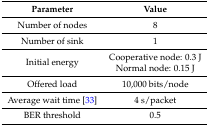
<table><thead><tr><td><b>Parameter</b></td><td><b>Value</b></td></tr></thead><tbody><tr><td>Number of nodes</td><td>8</td></tr><tr><td>Number of sink</td><td>1</td></tr><tr><td rowspan="2">Initial energy</td><td>Cooperative node: 0.3 J</td></tr><tr><td>Normal node: 0.15 J</td></tr><tr><td>Offered load</td><td>10,000 bits/node</td></tr><tr><td>Average wait time [33]</td><td>4 s/packet</td></tr><tr><td>BER threshold</td><td>0.5</td></tr></tbody></table>